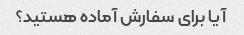
آیا برای سفارش آماده هستید؟